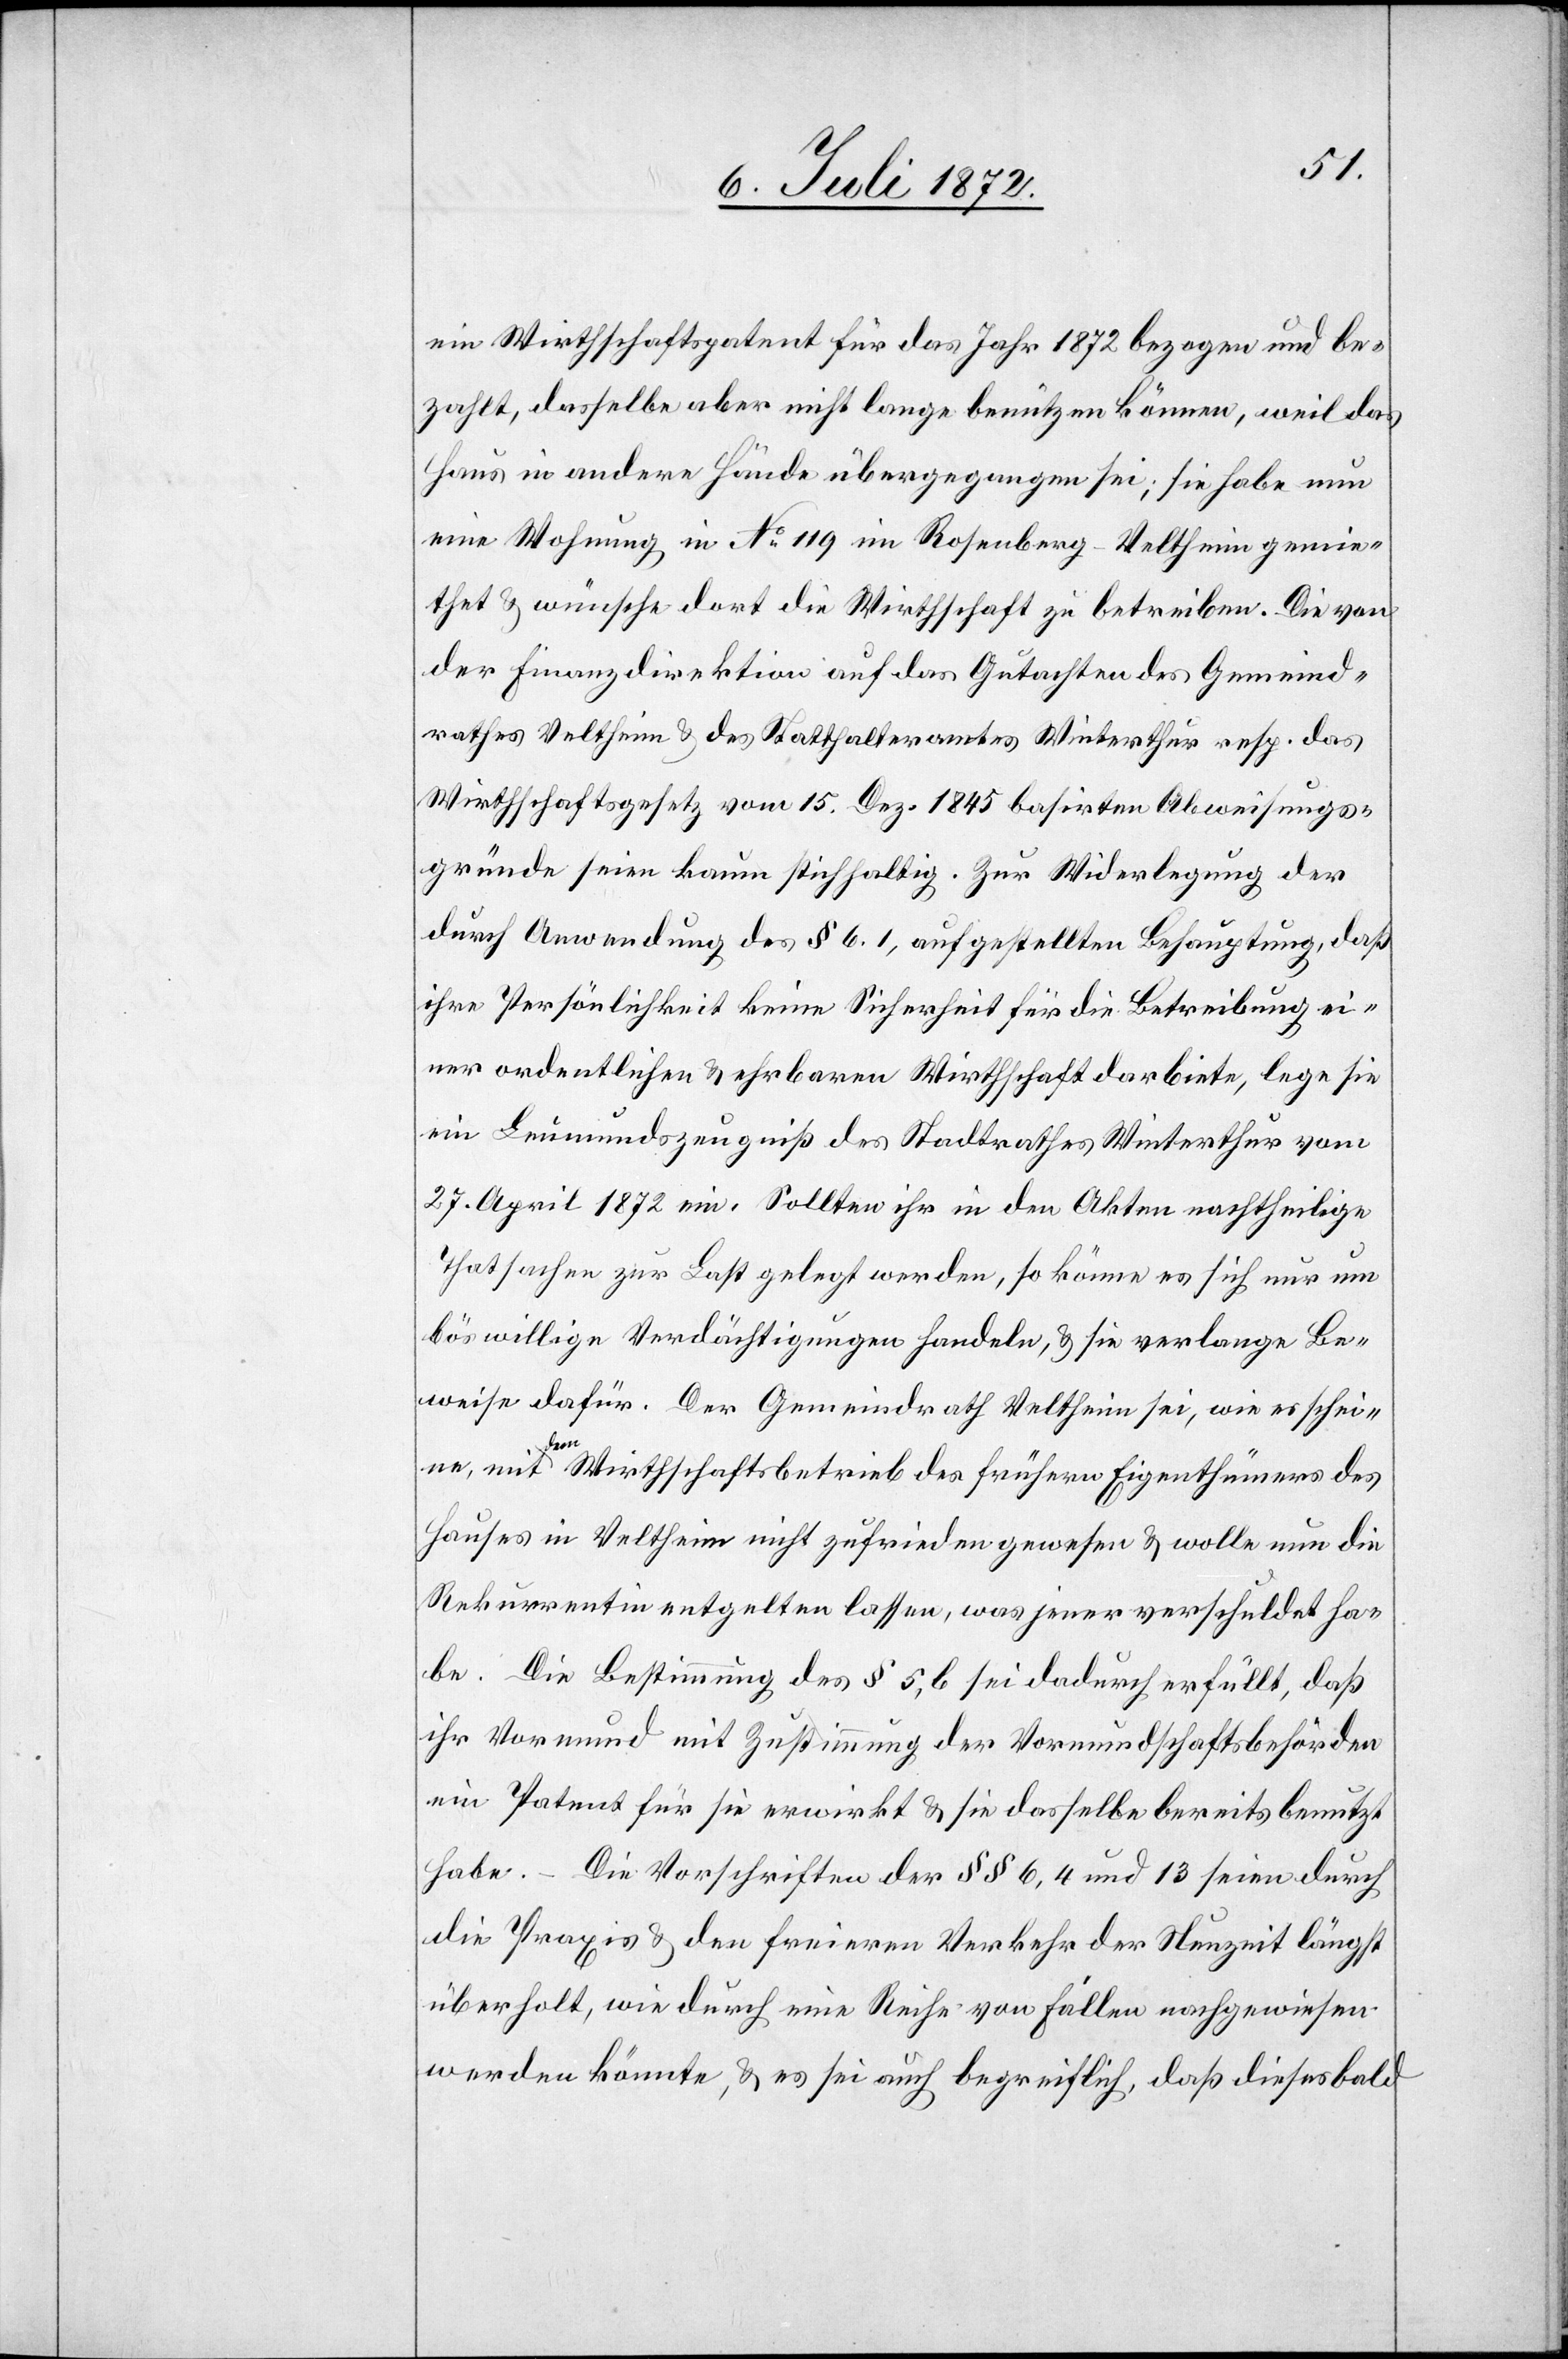
ein Wirthschaftspatent für das Jahr 1872 bezogen und be¬
zahlt, dasselbe aber nicht lange benützen können, weil das
Haus in andere Hände übergegangen sei; sie habe nun
eine Wohnung in No 119 im Rosenberg-Veltheim gemie¬
thet u. wünsche dort die Wirthschaft zu betreiben. Die von
der Finanzdirektion auf das Gutachten des Gemeind¬
rathes Veltheim u. des Statthalteramtes Winterthur resp. das
Wirthschaftsgesetz vom 15. Dez. 1845 basirten Abweisungs¬
gründe seien kaum stichhaltig. Zur Widerlegung der
durch Anwendung des § 6.1, aufgestellten Behauptung, daß
ihre Persönlichkeit keine Sicherheit für die Betreibung ei¬
ner ordentlichen u. ehrbaren Wirthschaft darbiete, lege sie
ein Leumundszeugniß des Stadtrathes Winterthur vom
27. April 1872 ein. Sollten ihr in den Akten nachtheilige
Thatsachen zur Last gelegt werden, so können es sich nur um
böswillige Verdächtigungen handeln, u. sie verlange Be¬
weise dafür. Der Gemeindrath Veltheim sei, wie es schei¬
ne, mit dem Wirthschaftsbetrieb des frühern Eigenthümers des
Hauses in Veltheim nicht zufrieden gewesen u. wolle nun die
Rekurrentin entgelten lassen, was jener verschuldet ha¬
be. Die Bestimmung des § 5,b sei dadurch erfüllt, daß
ihr Vormund mit Zustimmung der Vormundschaftsbehörden
ein Patent für sie erwirkt u. sie dasselbe bereits benutzt
habe. – Die Vorschriften der §§ 6,4 und 13 seien durch
die Praxis u. den freieren Verkehr der Neuzeit längst
überholt, wie durch eine Reihe von Fällen nachgewiesen
werden könnte, u. es sei auch begreiflich, daß dieses bald